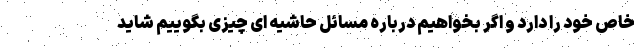
خاص خود را دارد و اگر بخواهیم درباره مسائل حاشیه ای چیزی بگوییم شاید